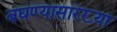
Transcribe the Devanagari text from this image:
बघण्यासारख्या